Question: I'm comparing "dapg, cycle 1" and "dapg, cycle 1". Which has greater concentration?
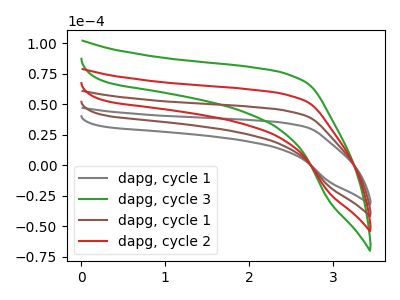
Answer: <think>The gray curve "dapg, cycle 1" has no peaks. The green curve "dapg, cycle 3" has no peaks. The brown curve "dapg, cycle 1" has no peaks. The red curve "dapg, cycle 2" has no peaks.
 Neither "dapg, cycle 1" or "dapg, cycle 1" have any peaks.</think>
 <answer>I cant tell if "dapg, cycle 1" or "dapg, cycle 1" has higher concentration.</answer>
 <eval>mixed_concentration</eval>